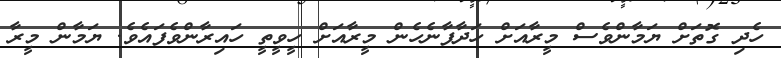
ހެދި ގޮތަށް ޔަމާންވެސް މީރާއަށް ހަދާފާނެހެން މީރާއަށް ހީވީތީ ހައިރާންވެފައެވެ. ޔަމާން މީރާ